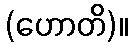
(ဟောတိ)။